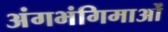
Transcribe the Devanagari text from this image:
अंगभंगिमाओं